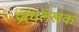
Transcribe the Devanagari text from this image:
प्रबंधलेखक